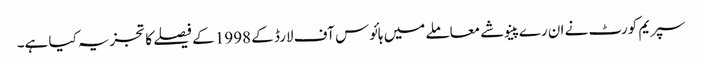
سپریم کورٹ نے ان رے پینوشے معاملے میں ہائوس آف لارڈ کے 1998 کے فیصلے کا تجزیہ کیا ہے۔